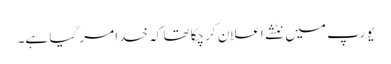
یورپ میں نٹشے اعلان کرچکا تھا کہ خدا مر گیا ہے۔